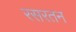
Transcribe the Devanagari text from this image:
रसरतन